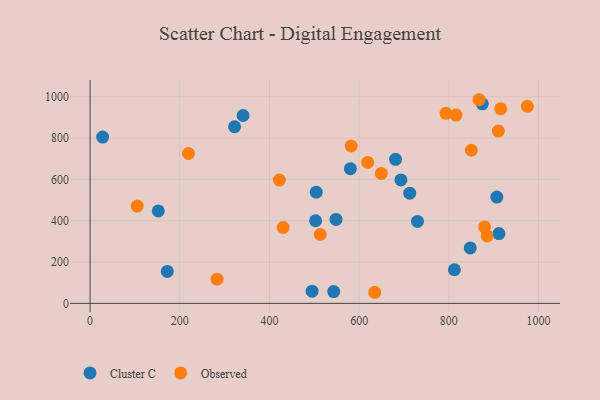
{"axis": {"x": "Price", "y": "Rating"}, "legend": ["Cluster C", "Observed"], "data": [{"x": "548.4", "y": 406.5, "type": "Cluster C"}, {"x": "847.7", "y": 268.6, "type": "Cluster C"}, {"x": "504.3", "y": 538.4, "type": "Cluster C"}, {"x": "580.5", "y": 651.9, "type": "Cluster C"}, {"x": "911.6", "y": 337.8, "type": "Cluster C"}, {"x": "907.0", "y": 514.5, "type": "Cluster C"}, {"x": "812.4", "y": 162.7, "type": "Cluster C"}, {"x": "28.0", "y": 805.1, "type": "Cluster C"}, {"x": "543.3", "y": 57.0, "type": "Cluster C"}, {"x": "712.7", "y": 533.5, "type": "Cluster C"}, {"x": "502.8", "y": 400.0, "type": "Cluster C"}, {"x": "341.2", "y": 909.5, "type": "Cluster C"}, {"x": "874.6", "y": 966.0, "type": "Cluster C"}, {"x": "730.1", "y": 396.5, "type": "Cluster C"}, {"x": "693.2", "y": 597.5, "type": "Cluster C"}, {"x": "322.2", "y": 855.0, "type": "Cluster C"}, {"x": "681.1", "y": 697.4, "type": "Cluster C"}, {"x": "172.2", "y": 154.7, "type": "Cluster C"}, {"x": "152.1", "y": 447.6, "type": "Cluster C"}, {"x": "495.1", "y": 58.9, "type": "Cluster C"}, {"x": "816.0", "y": 911.6, "type": "Observed"}, {"x": "422.1", "y": 596.8, "type": "Observed"}, {"x": "430.5", "y": 367.3, "type": "Observed"}, {"x": "975.1", "y": 953.9, "type": "Observed"}, {"x": "619.1", "y": 682.4, "type": "Observed"}, {"x": "915.7", "y": 942.2, "type": "Observed"}, {"x": "105.1", "y": 470.9, "type": "Observed"}, {"x": "910.4", "y": 834.1, "type": "Observed"}, {"x": "513.2", "y": 333.4, "type": "Observed"}, {"x": "850.2", "y": 741.2, "type": "Observed"}, {"x": "885.4", "y": 326.3, "type": "Observed"}, {"x": "649.4", "y": 629.1, "type": "Observed"}, {"x": "219.4", "y": 725.5, "type": "Observed"}, {"x": "634.7", "y": 53.7, "type": "Observed"}, {"x": "582.2", "y": 761.8, "type": "Observed"}, {"x": "879.5", "y": 370.1, "type": "Observed"}, {"x": "867.3", "y": 985.9, "type": "Observed"}, {"x": "793.5", "y": 919.9, "type": "Observed"}, {"x": "283.3", "y": 116.9, "type": "Observed"}]}